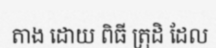
តាង ដោយ ពិធី ត្រុដិ ដែល